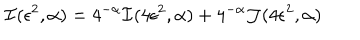
LaTeX: { \cal I } ( \epsilon ^ { 2 } , \alpha ) = 4 ^ { - \alpha } { \cal I } ( 4 \epsilon ^ { 2 } , \alpha ) + 4 ^ { - \alpha } { \cal J } ( 4 \epsilon ^ { 2 } , \alpha )